Annual administration report of the Civil Veterinary Department of India - 1896-1897
Year: 1896
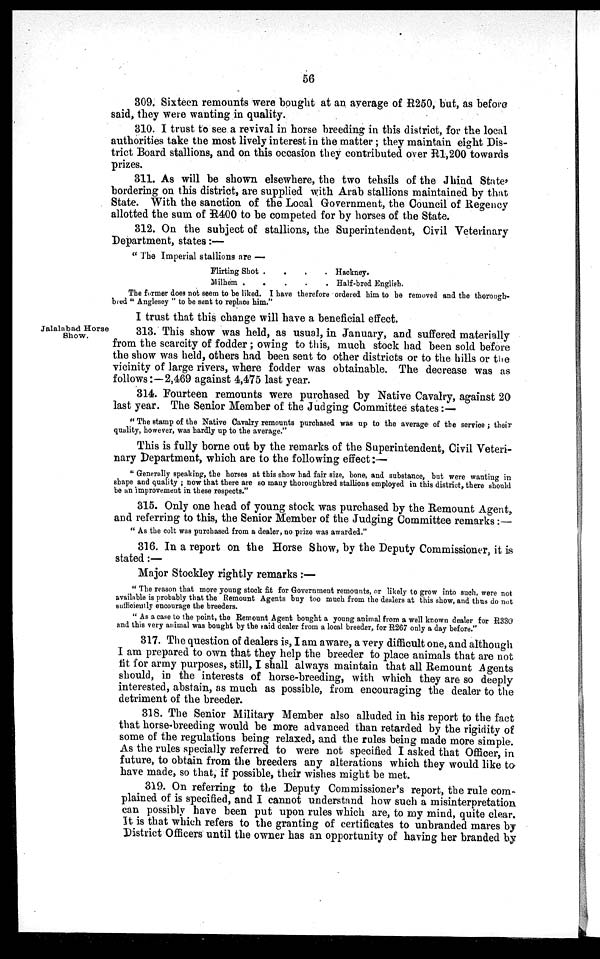
56
309. Sixteen remounts were bought at an average of R250, but, as before
said, they were wanting in quality.
310. I trust to see a revival in horse breeding in this district, for the local
authorities take the most lively interest in the matter; they maintain eight Dis-
trict Board stallions, and on this occasion they contributed over R1,200 towards
prizes.
311. As will be shown elsewhere, the two tehsils of the Jhind State'
bordering on this district, are supplied with Arab stallions maintained by that
State. With the sanction of the Local Government, the Council of Regency
allotted the sum of R400 to be competed for by horses of the State.
312. On the subject of stallions, the Superintendent, Civil Veterinary
Department, states:—
"The Imperial stallions are —
Flirting Shot . .
Milhem . . .
. . Hackney.
. . Half-bred English.
The former does not seem to be liked. I have therefore ordered him to be removed and the thorough-
bred "Anglesey" to be sent to replace him."
I trust that this change will have a beneficial effect.
Jalalabad Horse
Show.
313. This show was held, as usual, in January, and suffered materially
from the scarcity of fodder; owing to this, much stock had been sold before
the show was held, others had been sent to other districts or to the hills or the
vicinity of large rivers, where fodder was obtainable. The decrease was as
follows:—2,469 against 4,475 last year.
314. Fourteen remounts were purchased by Native Cavalry, against 20
last year. The Senior Member of the Judging Committee states:—
"The stamp of the Native Cavalry remounts purchased was up to the average of the service ; their
quality, however, was hardly up to the average."
This is fully borne out by the remarks of the Superintendent, Civil Veteri-
nary Department, which are to the following effect:—
"Generally speaking, the horses at this show had fair size, bone, and substance, but were wanting in
shape and quality; now that there are so many thoroughbred stallions employed in this district, there should
be an improvement in these respects."
315. Only one head of young stock was purchased by the Remount Agent,
and referring to this, the Senior Member of the Judging Committee remarks:—
"As the colt was purchased from a dealer, no prize was awarded."
316. In a report on the Horse Show, by the Deputy Commissioner, it is
stated:—
Major Stockley rightly remarks :—
"The reason that more young stock fit for Government remounts, or likely to grow into such, were not
available is probably that the Remount Agents buy too much from the dealers at this show, and thus do not
sufficiently encourage the breeders.
"As a case to the point, the Remount Agent bought a young animal from a well known dealer for R330
and this very animal was bought by the said dealer from a local breeder, for R267 only a day before."
317. The question of dealers is, I am aware, a very difficult one, and although
I am prepared to own that they help the breeder to place animals that are not
fit for army purposes, still, I shall always maintain that all Remount Agents
should, in the interests of horse-breeding, with which they are so deeply
interested, abstain, as much as possible, from encouraging the dealer to the
detriment of the breeder.
318. The Senior Military Member also alluded in his report to the fact
that horse-breeding would be more advanced than retarded by the rigidity of
some of the regulations being relaxed, and the rules being made more simple.
As the rules specially referred to were not specified I asked that Officer, in
future, to obtain from the breeders any alterations which they would like to
have made, so that, if possible, their wishes might be met.
319. On referring to the Deputy Commissioner's report, the rule com-
plained of is specified, and I cannot understand how such a misinterpretation
can possibly have been put upon rules which are, to my mind, quite clear.
It is that which refers to the granting of certificates to unbranded mares by
District Officers until the owner has an opportunity of having her branded by